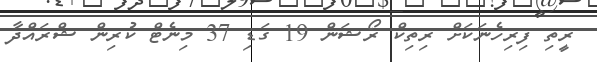
ރީތި ފިރިހެނަކަށް ރިތިކް ރޯޝަން 19 ގަޑި 37 މިނެޓް ކުރިން ޝްރައްދާ